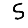
Digit: 5